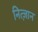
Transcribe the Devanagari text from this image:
नित्ज़ान